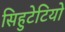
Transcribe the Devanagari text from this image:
सिहुटेटियो